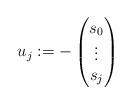
LaTeX: \begin{align*} u_{j}:= -\begin{pmatrix} s_0 \\ \vdots \\ s_{j} \end{pmatrix}\end{align*}